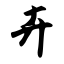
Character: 卉